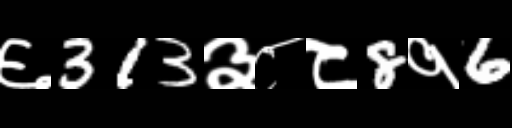
Text: ६313३८८8१6